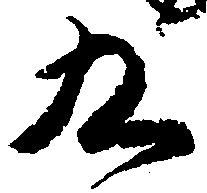
九